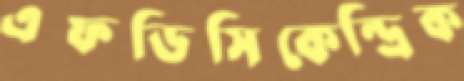
এফডিসিকেন্দ্রিক